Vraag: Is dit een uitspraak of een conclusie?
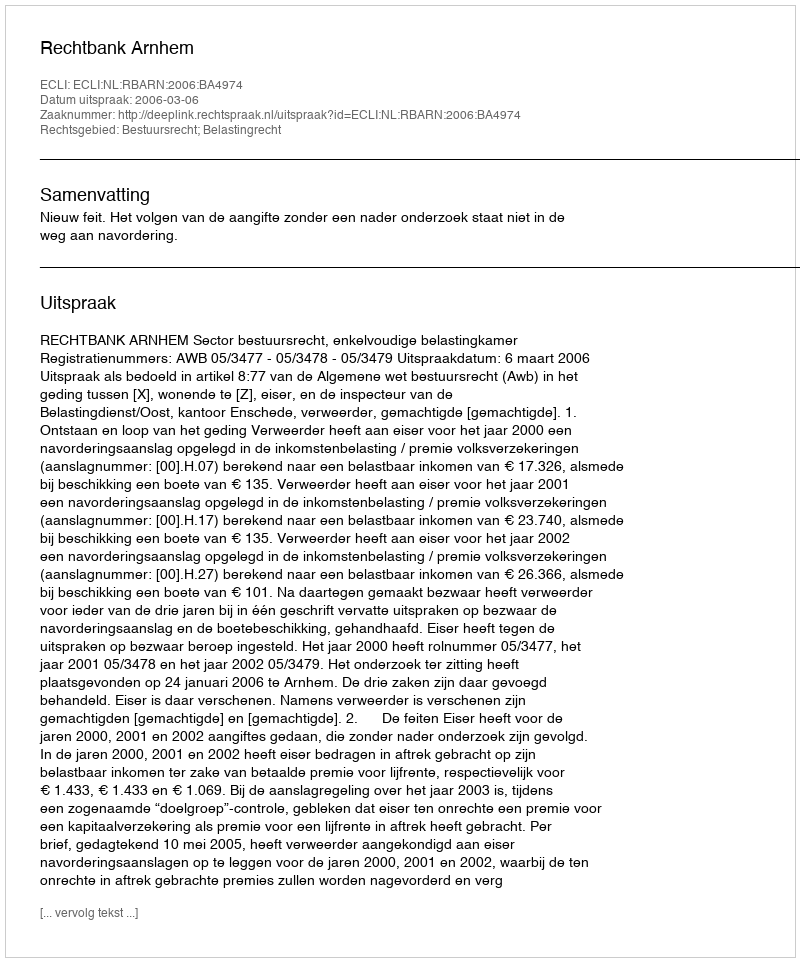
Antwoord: Uitspraak